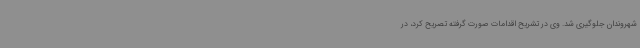
شهروندان جلوگیری شد. وی در تشریح اقدامات صورت گرفته تصریح کرد، در